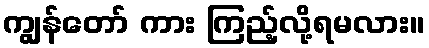
ကျွန်တော် ကား ကြည့်လို့ရမလား။